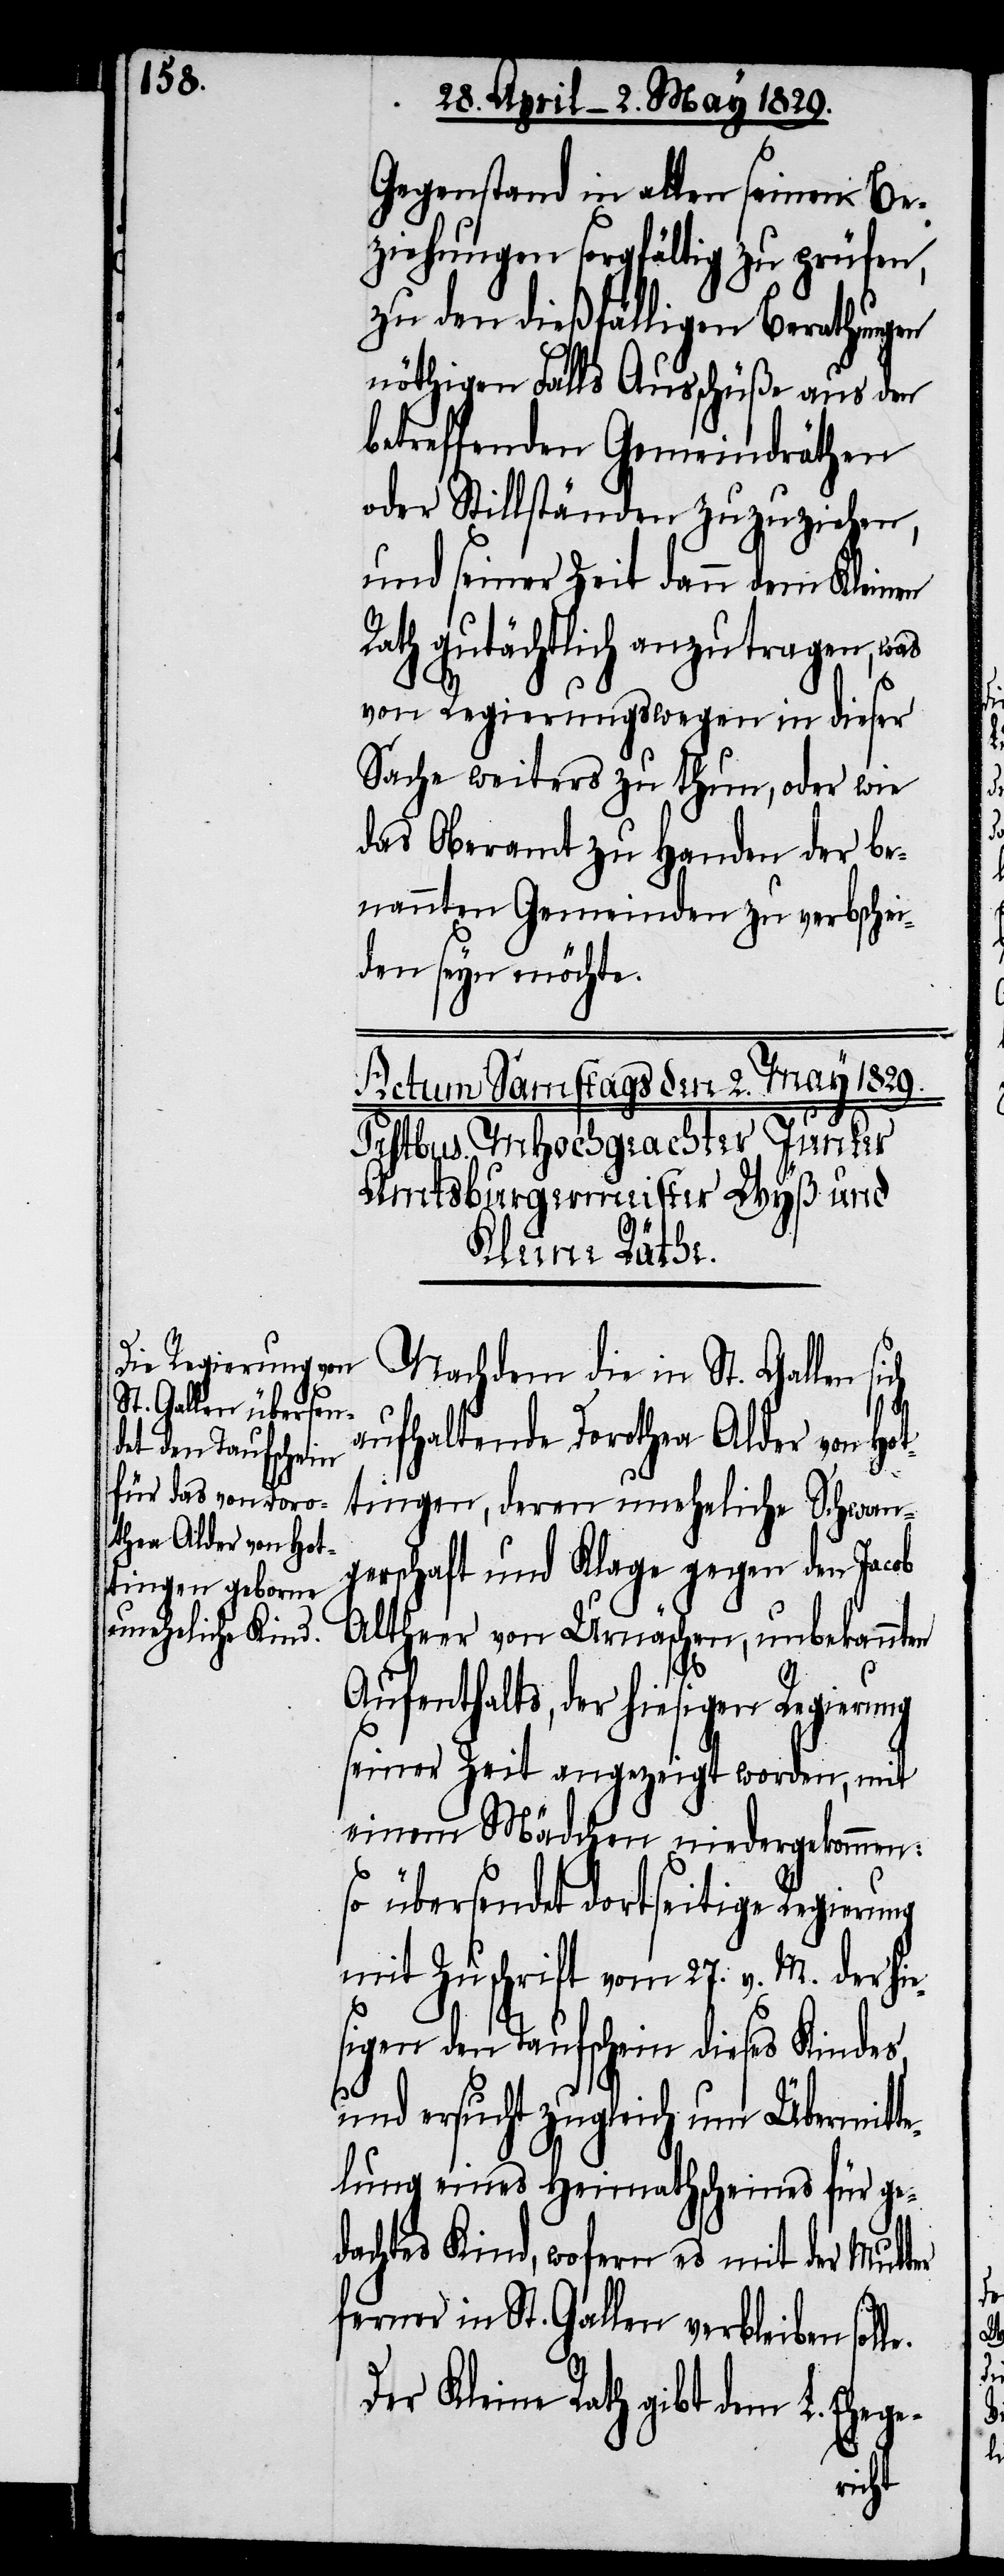
Gegenstand in allen seinen Be¬
ziehungen sorgfältig zu prüfen,
zu den dießfälligen Berathungen
nöthigen Falls Ausschüße aus den
betreffenden Gemeindräthen
oder Stillständen zuzuziehen,
und seiner Zeit dann dem Kleinen
Rath gutächtlich anzutragen, was
von Regierungswegen in dieser
Sache weiters zu thun, oder wie
das Oberamt zu Handen der be¬
nannten Gemeinden zu verbschei¬
den seyn möchte.
Nachdem die in St. Gallen si¬
e.
aufhaltende Dorothea Alder von Hot¬
tingen, deren uneheliche Schwan¬
gerschaft und Klage gegen den Jacob
Altherr von Urnäschen, unbekannten
Aufenthalts, der hiesigen Regierung
seiner Zeit angezeigt worden, mit
einem Mädchen niedergekommen:
so übersendet dortseitige Regierung
mit Zuschrift vom 27. v. M. der hie¬
sigen den Taufschein dieses Kindes,
und ersucht zugleich um Übermitt¬
lung eines Heimathscheines für ge¬
dachtes Kind, wofern es mit der Mutter
ferner in St. Gallen verbleiben soll¬
Der Kleine Rath gibt dem L. Ehege-